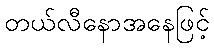
တယ်လီနောအနေဖြင့်